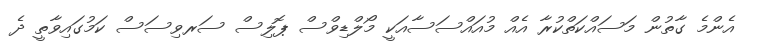
އެންމެ ގާތުން މަސައްކަތްކުރާ އެއް މުއައްސަސާއަކީ މޯލްޑިވްސް ޕޮލިސް ސަރވިސަސް ކަމުގައިވާތީ ދެ